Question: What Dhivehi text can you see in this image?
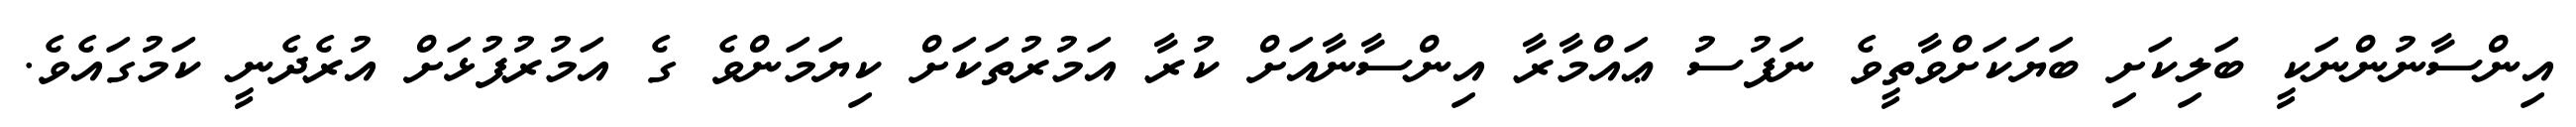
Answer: އިންސާނުންނަކީ ބަލިކަށި ބަޔަކަށްވާތީވެ ނަފުސު ޢައްމާރާ އިންސާނާއަށް ކުރާ އަމުރުތަކަށް ކިޔަމަންވެ ގެ އަމުރުފުޅަށް އުރެދެނީ ކަމުގައެވެ.